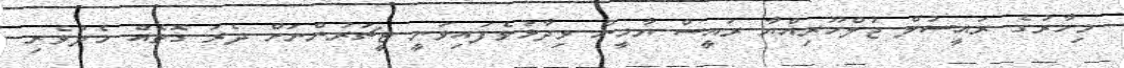
މިހާރުގެ ރައީސުލް ޖުލްހޫރިއްޔާ ރައީސް ޔާމީން ވިދާޅުވެފައިވަނީ ޓީޗަރުންނަށް ދެރަ ގޮތެއްް މެދުވެރި